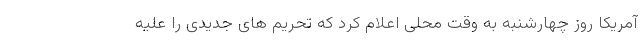
آمریکا روز چهارشنبه به وقت محلی اعلام کرد که تحریم های جدیدی را علیه